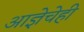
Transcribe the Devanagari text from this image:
आज्ञेचेही